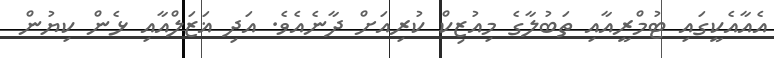
އެއާއެކީގައި ޓުމްރީއާއި ތަބުލާގެ މިއުޒިކް ކުރިއަށް ދާނެއެވެ. އަދި ޣަޒަލްއާއި ޅެން ކިޔުން